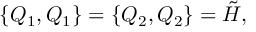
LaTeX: \{ Q _ { 1 } , Q _ { 1 } \} = \{ Q _ { 2 } , Q _ { 2 } \} = \tilde { H } ,